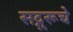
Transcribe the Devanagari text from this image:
सद्गुरूचे